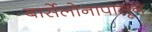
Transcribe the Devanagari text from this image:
बार्सेलोनापासून